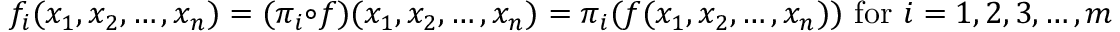
f _ { i } ( x _ { 1 } , x _ { 2 } , \ldots , x _ { n } ) = ( \pi _ { i } \circ f ) ( x _ { 1 } , x _ { 2 } , \ldots , x _ { n } ) = \pi _ { i } ( f ( x _ { 1 } , x _ { 2 } , \ldots , x _ { n } ) ) { \mathrm { ~ f o r ~ } } i = 1 , 2 , 3 , \ldots , m